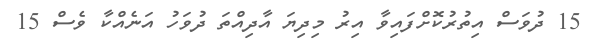
15 ދުވަސް އިތުރުކޮށްފައިވާ އިރު މިދިޔަ އާދިއްތަ ދުވަހު އަނެއްކާ ވެސް 15